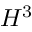
H ^ { 3 }